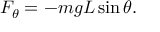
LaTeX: F _ { \theta } = - m g L \sin \theta .